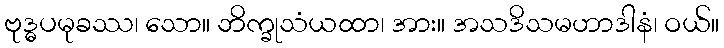
ဗုဒ္ဓပမုခဿ၊ သော။ ဘိက္ခုသံယထာ၊ အား။ အသဒိသမဟာဒါနံ၊ ဝယ်။